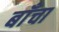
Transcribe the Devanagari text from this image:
बाँचा